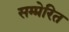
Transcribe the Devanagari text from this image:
सम्प्रेरित